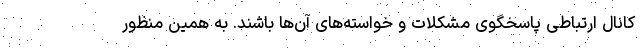
کانال ارتباطی پاسخگوی مشکلات و خواسته‌های آن‌ها باشند. به همین منظور